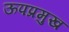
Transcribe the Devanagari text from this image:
ऊपप्रमुख